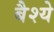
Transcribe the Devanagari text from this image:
बैश्ये